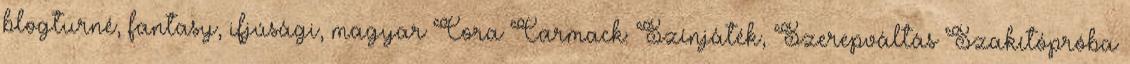
blogturné, fantasy, ifjúsági, magyar Cora Carmack: Színjáték, Szerepváltás Szakítópróba